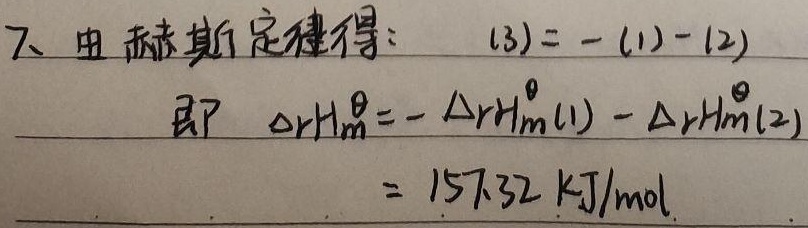
由赫斯定律得：\((3)=-(1)-(2)\)即 \(\Delta_{r}H_{m}^{\theta}=-\Delta_{r}H_{m}^{\theta}(1)-\Delta_{r}H_{m}^{\theta}(2)= 157.32\ \text{kJ/mol}\)